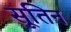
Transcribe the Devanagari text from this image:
सूतिन